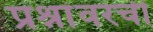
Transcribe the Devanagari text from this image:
प्रश्नांवरची